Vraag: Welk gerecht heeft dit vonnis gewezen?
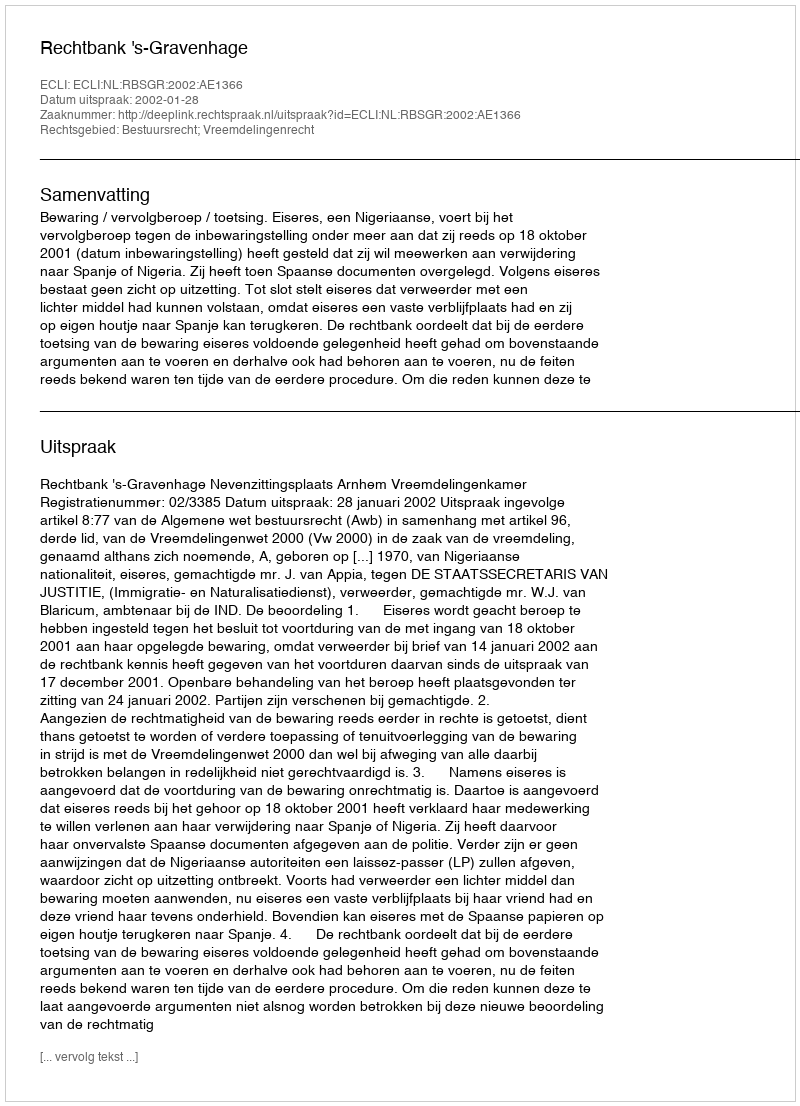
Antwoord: Rechtbank 's-Gravenhage